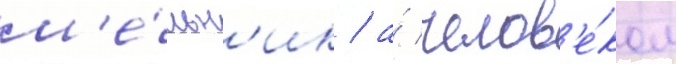
м'е́льн'ик / а́ челов'е́ком